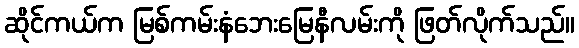
ဆိုင်ကယ်က မြစ်ကမ်းနံဘေးမြေနီလမ်းကို ဖြတ်လိုက်သည်။